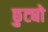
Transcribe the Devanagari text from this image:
छुट्यो